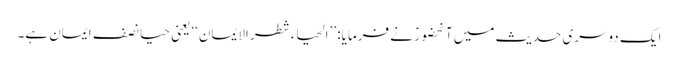
ایک دوسری حدیث میں آنحضورؐ نے فرمایا: ’’الحیاء شطر الایمان‘‘ یعنی حیا نصف ایمان ہے۔